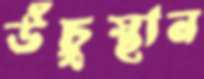
উঁচুস্থান